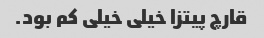
قارچ پیتزا خیلی خیلی کم بود.